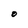
Character: O